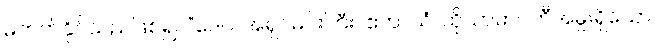
မတတ်နိုင်သည်ဖြစ်၍။ “ဒေဝ၊ အရှင်မင်းကြီး။ ဧတာသံ၊ ထိုသာမာဝတီအမှူးရှိသော